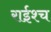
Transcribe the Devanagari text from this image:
राईश्च